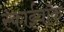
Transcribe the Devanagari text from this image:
स्काईवॉक